Annual report of the Central Committee of the Association together with the report of the directors of the Pasteur Institute at Kasauli
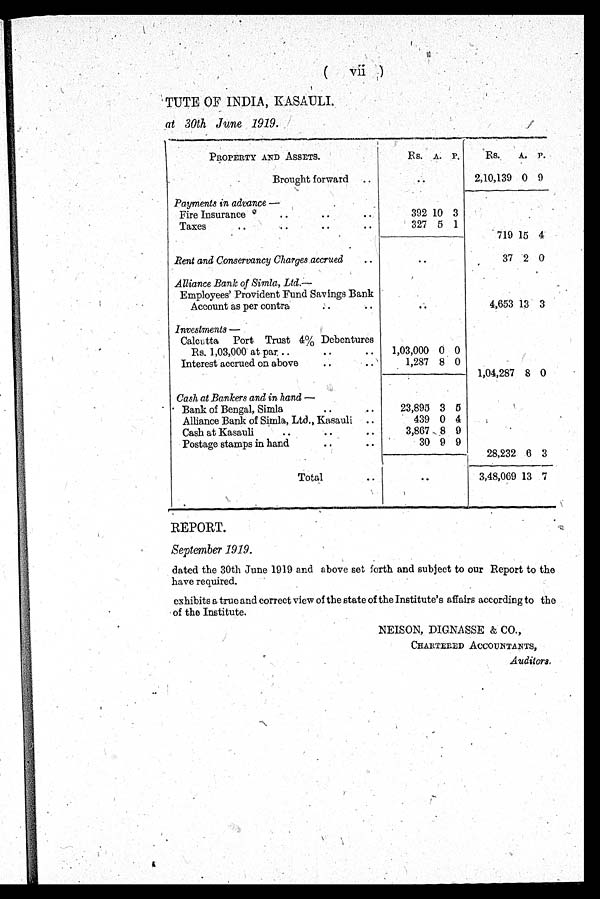
TUTS OF INDIA, KASATULI.
at 30th June 1919.
PROPERTY AND ASSETS.
Rs. A. P.
Rs.
A. P.
Brought forward . .
. .
2,10,139 0 9
Payments in advance —
Fire Insurance
.
.
.
. . .
392 10 3
Taxes
. .
.
.
. .
327 5 1
719 15 4
Rent and Conservancy Charges accrued
. .
. .
37 2 0
Alliance Bank of Simla, Ltd.—
Employees' Provident Fund Savings Bank
Account as per contra
. .
. .
. .
4,653 13 3
Investments —
Calcutta Port Trust 4% Debentures
Rs. 1,03,000 at par . .
. .
. .
1,03,000 0 0
Interest accrued on above
. .
1,287 8 0
1,04,287 8 0
Cash at Bankers and in hand —
Bank of Bengal, Simla
. .
. .
23,895 3 5
Alliance Bank of Simla, Ltd., Kasauli . .
439 0 4
Cash at Kasauli. .
. .
. .
3,867 8 9
Postage stamps in hand
. .
. .
30 9 9
28,232 6 3
Total
. .
. .
3,48,069 13 7
REPORT.
September 1919.
dated the 30th June 1919 and above set forth and subject to our Report to the
have required.
exhibits a true and correct view of the state of the Institute's affairs according to the
of the Institute.
NEISON, DIGNASSE & CO.,
CHARTELED ACCOUNTANTS.
Auditors.